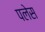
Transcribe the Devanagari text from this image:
पलेस